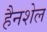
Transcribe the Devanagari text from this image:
हैनशेल